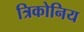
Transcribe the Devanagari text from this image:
त्रिकोनिय